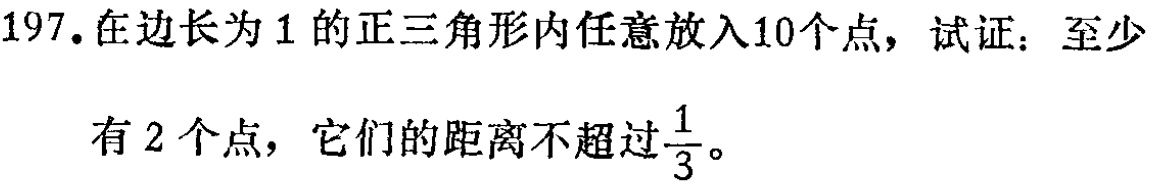
197. 在边长为1的正三角形内任意放入10个点，试证：至少

有2个点，它们的距离不超过$\frac{1}{3}$。